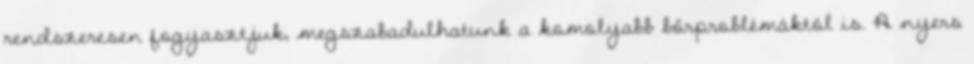
rendszeresen fogyasztjuk, megszabadulhatunk a komolyabb bőrproblémáktól is. A nyers